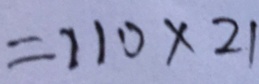
= 1 1 0 \times 2 1